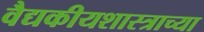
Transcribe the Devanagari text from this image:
वैद्यकीयशास्त्राच्या